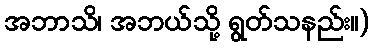
အဘာသိ၊ အဘယ်သို့ ရွတ်သနည်း။)